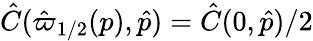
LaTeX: \hat{C}(\hat{\varpi}_{1/2}(p),\hat{p})=\hat{C}(0,\hat{p})/2